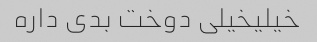
خیلیخیلی دوخت بدی داره